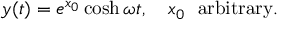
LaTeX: y ( t ) = e ^ { x _ { 0 } } \cosh \omega t , \quad x _ { 0 } \ \ \mathrm { a r b i t r a r y } .